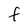
Character: F